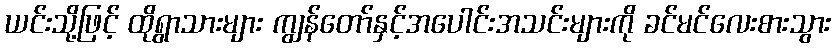
ယင်းသို့ဖြင့် ထိုရွာသားများ ကျွန်တော်နှင့်အပေါင်းအသင်းများကို ခင်မင်လေးစားသွား